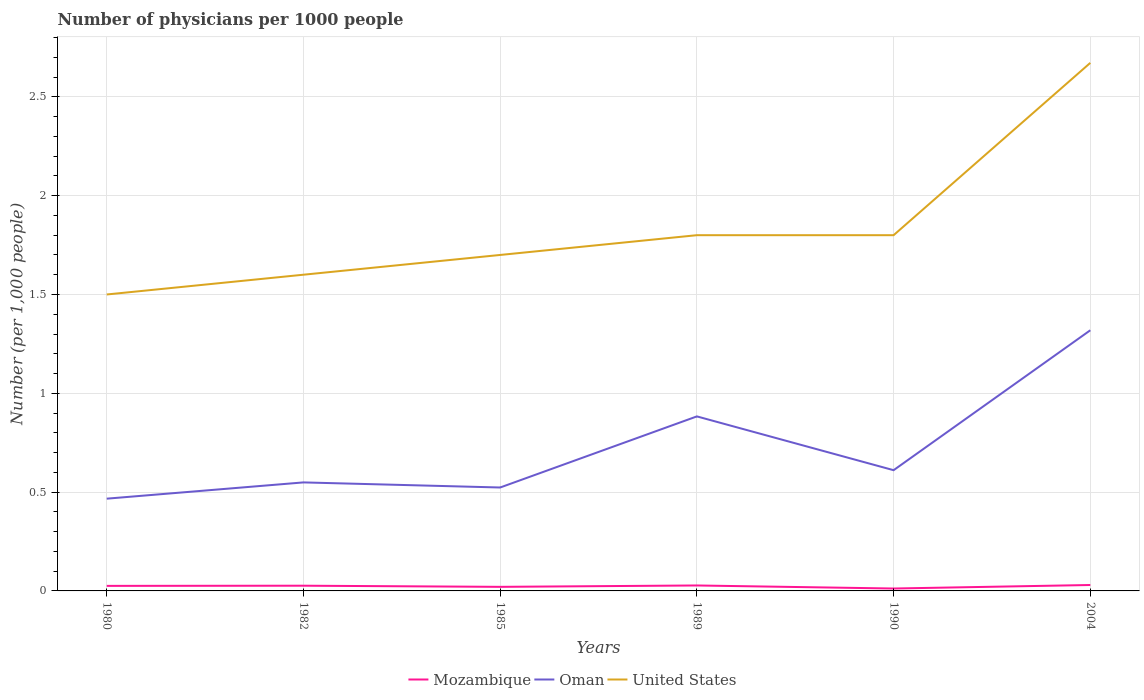
| Years | Mozambique | Oman | United States |
 | --- | --- | --- | --- |
 | 1980 | 0.0255 | 0.467 | 1.5 |
 | 1982 | 0.0264 | 0.549 | 1.6 |
 | 1985 | 0.0206 | 0.523 | 1.7 |
 | 1989 | 0.0276 | 0.883 | 1.8 |
 | 1990 | 0.0122 | 0.611 | 1.8 |
 | 2004 | 0.03 | 1.32 | 2.67 |